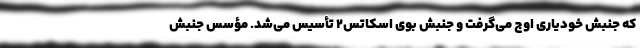
که جنبش خودیاری اوج می‌گرفت و جنبش بوی اسکاتس۲ تأسیس می‌شد. مؤسس جنبش